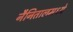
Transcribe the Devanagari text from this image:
नैनितालमध्ये